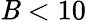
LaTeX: \mathit{B}<10